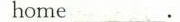
home ___.